Language: tamil
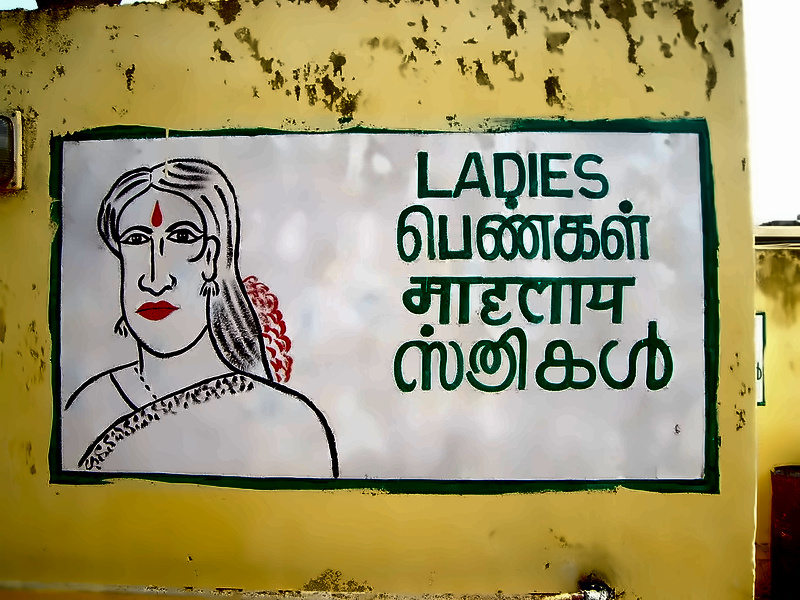
Transcription: பெண்கள்